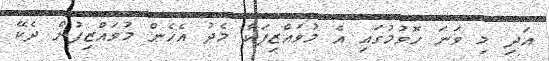
އަދި މި ވަނަ ހޮވުމުގައި އެ މުވައްޒިފަކާ މެދު އެހެން މުވައްޒިފުން ދެކޭ